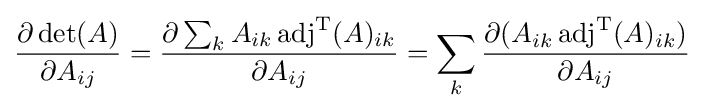
{\partial \det(A) \over \partial A_{ij}}={\partial \sum _{k}A_{ik}\operatorname {adj} ^{\rm {T}}(A)_{ik} \over \partial A_{ij}}=\sum _{k}{\partial (A_{ik}\operatorname {adj} ^{\rm {T}}(A)_{ik}) \over \partial A_{ij}}